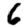
Digit: 6